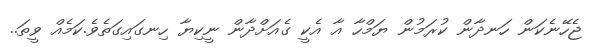
ޖެހޭނެކަން ހަނދާން ކުރަމުން ޔަމްހާ އާ އެކީ ގެއަށްދާން ނީކިޔާ ހިނގައިގަތެވެ.ކަމެއް ވީތަ..